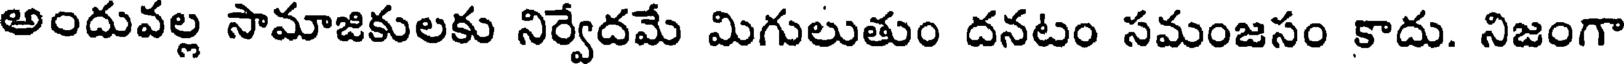
అందువల్ల సామాజికులకు నిర్వేదమే మిగులుతుం దనటం సమంజసం కాదు. నిజంగా